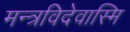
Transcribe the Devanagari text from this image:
मन्त्रविदेवास्मि